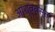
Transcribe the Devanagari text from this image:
आश्ववस्त